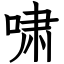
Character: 啸